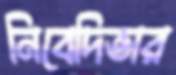
নিবেদিতার